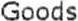
GOODS